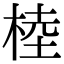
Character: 𣔭